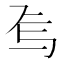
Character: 𬻆